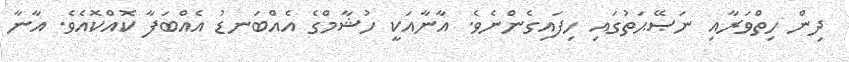
ދިން ހިތްވަރާއި ނަޞޭޙަތުގައި ހިފައިގެންނެވެ. އާނާއަކީ ހުޝާމްގެ އެއްބަނޑު އެއްބަފާ ކޮއްކޮއެވެ. އާނާ